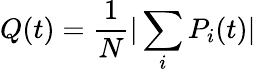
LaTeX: Q(t)=\frac{1}{N}|\sum_{i}P_{i}(t)|